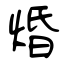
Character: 焝